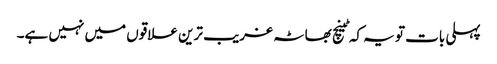
پہلی بات تو یہ کہ ٹینچ بھاٹہ غریب ترین علاقوں میں نہیں ہے۔